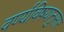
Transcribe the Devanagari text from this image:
वर्ण्यविषयानुसार